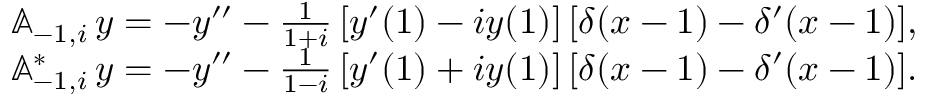
\begin{array} { r l } & { { \mathbb A } _ { - 1 , i } \, y = - y ^ { \prime \prime } - \frac { 1 } { 1 + i } \, [ y ^ { \prime } ( 1 ) - i y ( 1 ) ] \, [ \delta ( x - 1 ) - \delta ^ { \prime } ( x - 1 ) ] , } \\ & { { \mathbb A } _ { - 1 , i } ^ { * } \, y = - y ^ { \prime \prime } - \frac { 1 } { 1 - i } \, [ y ^ { \prime } ( 1 ) + i y ( 1 ) ] \, [ \delta ( x - 1 ) - \delta ^ { \prime } ( x - 1 ) ] . } \end{array}